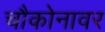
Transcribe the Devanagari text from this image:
चौकोनावर